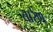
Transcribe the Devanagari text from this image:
तारेण